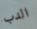
الدب